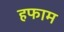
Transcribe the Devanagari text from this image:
हफाम